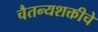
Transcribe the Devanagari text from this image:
चैतन्यशक्तीचे